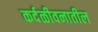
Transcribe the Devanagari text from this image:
कर्दळीवनातील